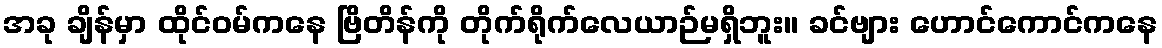
အခု ချိန်မှာ ထိုင်ဝမ်ကနေ ဗြိတိန်ကို တိုက်ရိုက်လေယာဉ်မရှိဘူး။ ခင်ဗျား ဟောင်ကောင်ကနေ